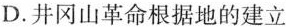
D.井冈山革命根据地的建立